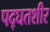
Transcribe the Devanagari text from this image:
पद्घतशीर